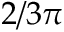
2 / 3 \pi